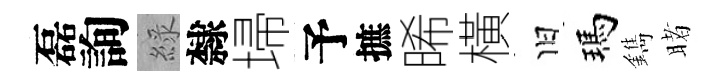
磊詢綠隸埽予摭晞橫旧瑪鐫睹